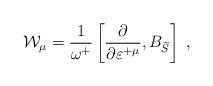
LaTeX: \begin{align*}\mathcal{W}_\mu =\frac 1{\omega ^{+}}\left[ \frac \partial {\partial\varepsilon ^{+\mu }},B_{\widetilde{S}}\right] \;, \end{align*}